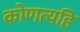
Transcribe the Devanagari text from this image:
कोणत्यहि